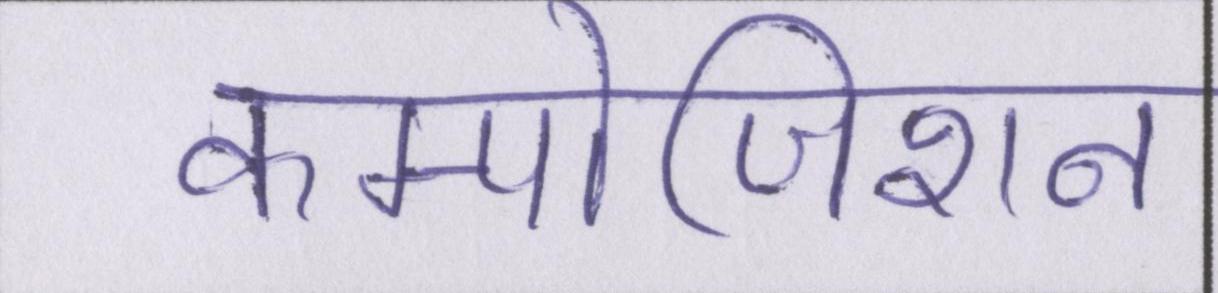
कम्पोजिशन